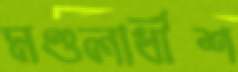
মণ্ডলাধীশ